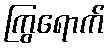
ကြွရောက်